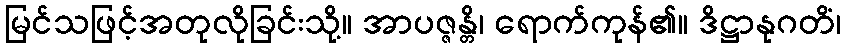
မြင်သဖြင့်အတုလိုခြင်းသို့။ အာပဇ္ဇန္တိ၊ ရောက်ကုန်၏။ ဒိဋ္ဌာနုဂတိံ၊